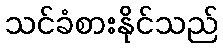
သင်ခံစားနိုင်သည်